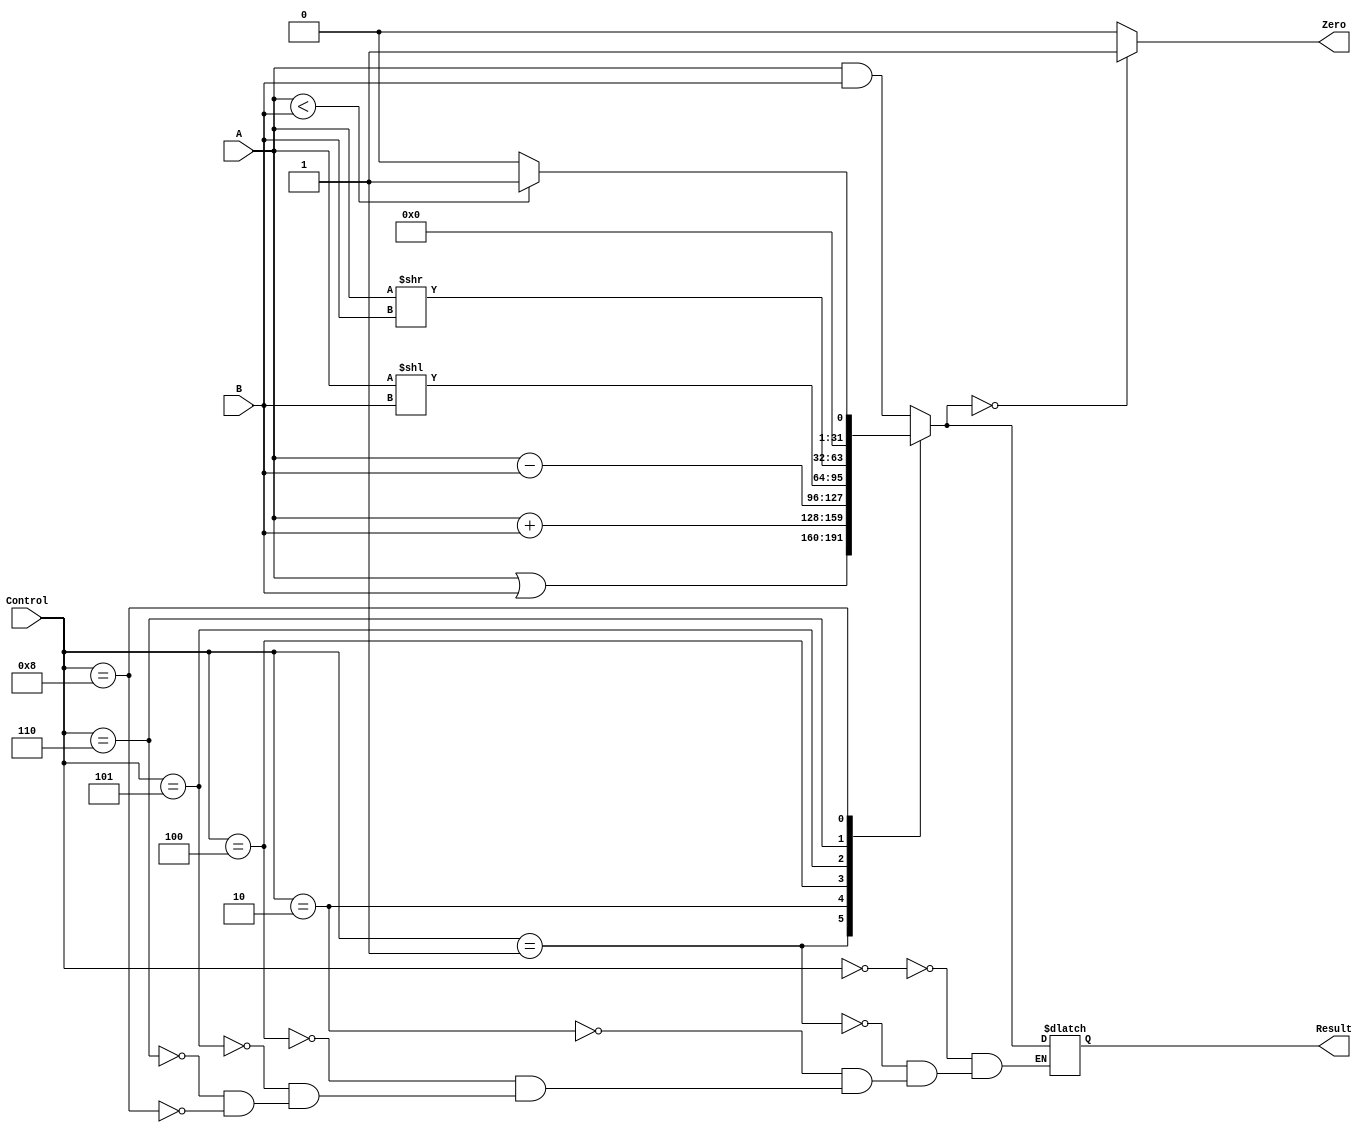
`timescale 1ns / 1ps
//////////////////////////////////////////////////////////////////////////////////
// Company: 
// Engineer: 
// 
// Design Name: 
// Module Name: alu
// Project Name: 
// Target Devices: 
// Tool Versions: 
// Description: 
// 
// Dependencies: 
// 
// Revision:
// Revision 0.01 - File Created
// Additional Comments:
// 
//////////////////////////////////////////////////////////////////////////////////



module alu(
    input [31:0] A, 
    input [31:0] B, 
    input [3:0] Control, 
    output reg [31:0] Result, 
    output reg Zero);

always @ (A,B,Control)
begin
	case (Control)
	4'b0000: 
	       Result = A & B;
	4'b0001: 
	       Result = A | B;
	4'b0010: 
	       Result = A + B;
	4'b0100: 
	       Result = A - B;
	4'b0101: 
	       Result = A << B;
	4'b0110: 
	       Result = A >> B;
	4'b1000: 
	       Result = (A < B) ? 1 : 0;
	endcase
	if (Result == 0) Zero = 1; else Zero = 0;
end
endmodule